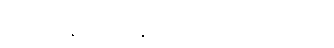
မထွေးရီနှင့် တွေ့နေမည် စိုးသောကြောင့်ပင်။